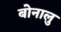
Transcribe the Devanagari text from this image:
बोनालु